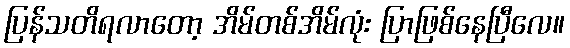
ပြန်သတိရလာတော့ အိမ်တစ်အိမ်လုံး ပြာဖြစ်နေပြီလေ။